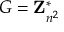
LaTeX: G = \mathbf { Z } _ { n ^ { 2 } } ^ { * }